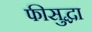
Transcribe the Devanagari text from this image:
फीसुद्धा